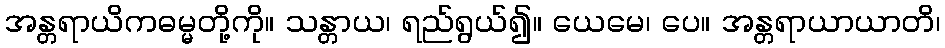
အန္တရာယိကဓမ္မတို့ကို။ သန္တာယ၊ ရည်ရွယ်၍။ ယေမေ၊ ပေ။ အန္တရာယာယာတိ၊